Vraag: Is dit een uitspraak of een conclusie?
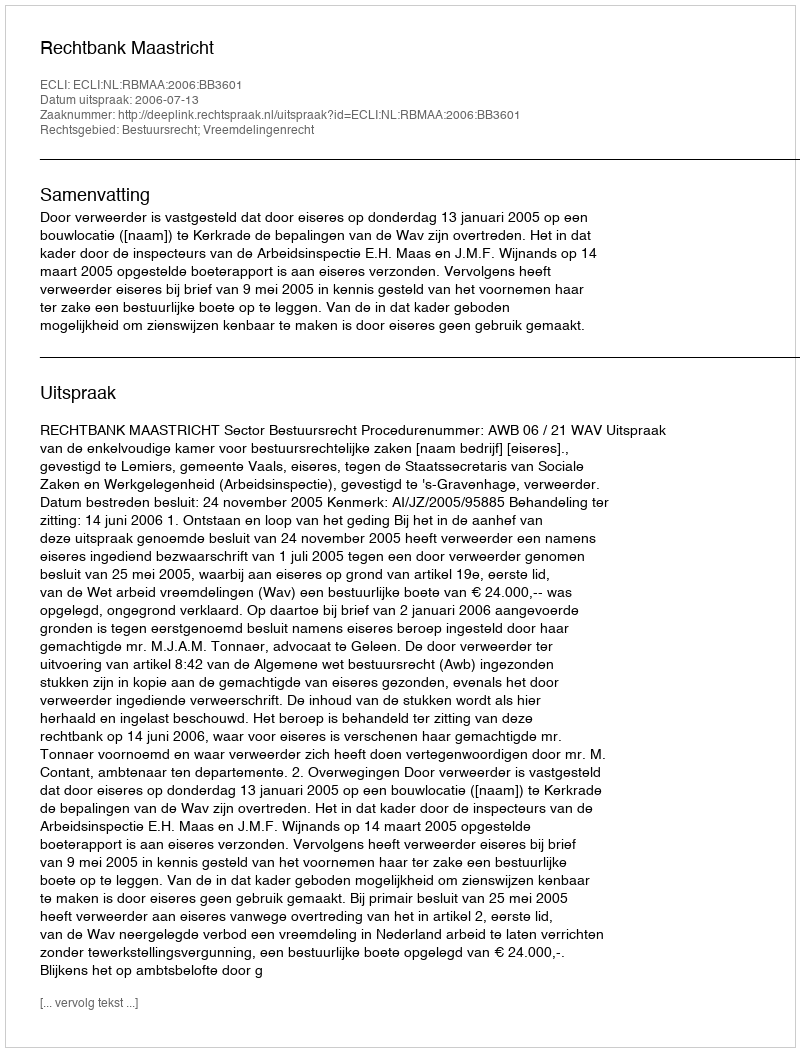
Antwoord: Uitspraak